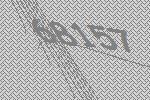
68157